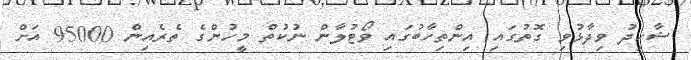
ޝާހިދު ވިދާޅުވި ގޮތުގައި އިންތިހާބުގައި ވޯޓުލާން ނުކުތް މީހުންގެ ތެރެއިން 95000 އަށް